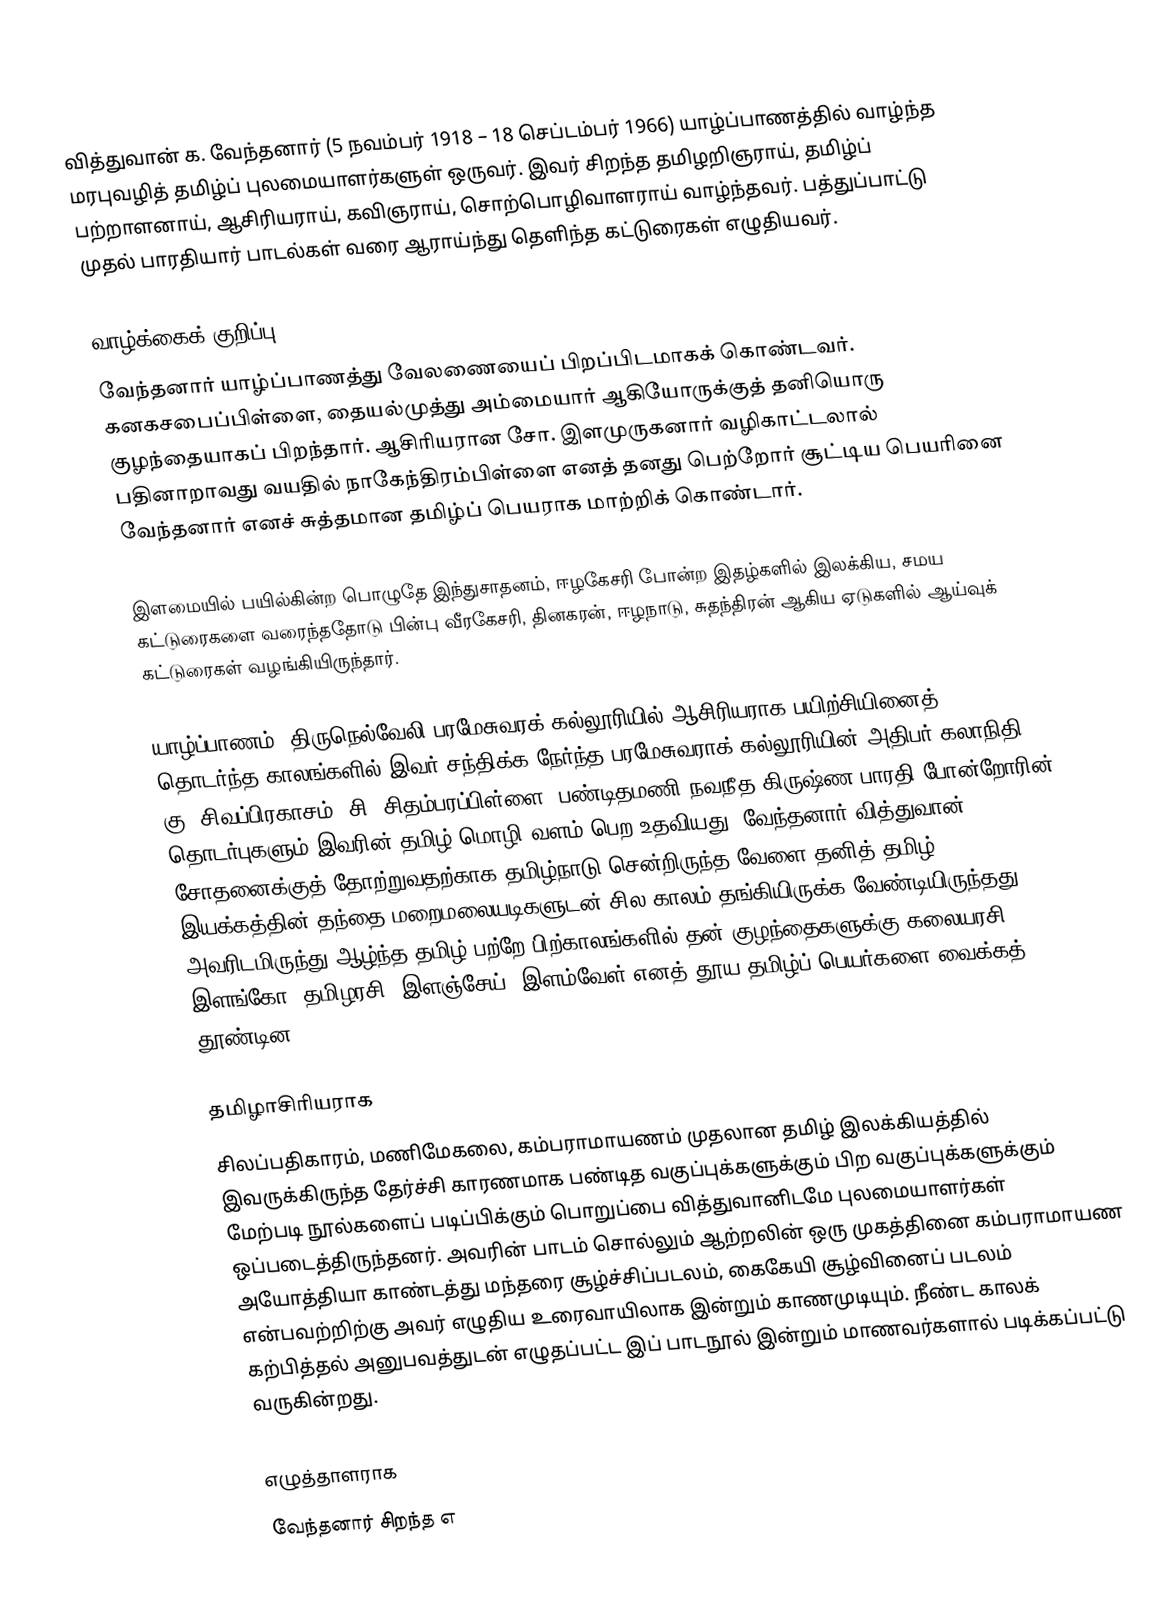
வித்துவான் க. வேந்தனார் (5 நவம்பர் 1918 – 18 செப்டம்பர் 1966) யாழ்ப்பாணத்தில் வாழ்ந்த மரபுவழித் தமிழ்ப் புலமையாளர்களுள் ஒருவர். இவர் சிறந்த தமிழறிஞராய், தமிழ்ப் பற்றாளனாய், ஆசிரியராய், கவிஞராய், சொற்பொழிவாளராய் வாழ்ந்தவர். பத்துப்பாட்டு முதல் பாரதியார் பாடல்கள் வரை ஆராய்ந்து தெளிந்த கட்டுரைகள் எழுதியவர்.

வாழ்க்கைக் குறிப்பு
வேந்தனார் யாழ்ப்பாணத்து வேலணையைப் பிறப்பிடமாகக் கொண்டவர். கனகசபைப்பிள்ளை, தையல்முத்து அம்மையார் ஆகியோருக்குத் தனியொரு குழந்தையாகப் பிறந்தார். ஆசிரியரான சோ. இளமுருகனார் வழிகாட்டலால் பதினாறாவது வயதில் நாகேந்திரம்பிள்ளை எனத் தனது பெற்றோர் சூட்டிய பெயரினை வேந்தனார் எனச் சுத்தமான தமிழ்ப் பெயராக மாற்றிக் கொண்டார்.

இளமையில் பயில்கின்ற பொழுதே இந்துசாதனம், ஈழகேசரி போன்ற இதழ்களில் இலக்கிய, சமய கட்டுரைகளை வரைந்ததோடு பின்பு வீரகேசரி, தினகரன், ஈழநாடு, சுதந்திரன் ஆகிய ஏடுகளில் ஆய்வுக் கட்டுரைகள் வழங்கியிருந்தார்.

யாழ்ப்பாணம், திருநெல்வேலி பரமேசுவரக் கல்லூரியில் ஆசிரியராக பயிற்சியினைத் தொடர்ந்த காலங்களில் இவர் சந்திக்க நேர்ந்த பரமேசுவராக் கல்லூரியின் அதிபர் கலாநிதி கு. சிவப்பிரகாசம், சி. சிதம்பரப்பிள்ளை, பண்டிதமணி நவநீத கிருஷ்ண பாரதி போன்றோரின் தொடர்புகளும் இவரின் தமிழ் மொழி வளம் பெற உதவியது. வேந்தனார் வித்துவான் சோதனைக்குத் தோற்றுவதற்காக தமிழ்நாடு சென்றிருந்த வேளை தனித் தமிழ் இயக்கத்தின் தந்தை மறைமலையடிகளுடன் சில காலம் தங்கியிருக்க வேண்டியிருந்தது. அவரிடமிருந்து ஆழ்ந்த தமிழ் பற்றே பிற்காலங்களில் தன் குழந்தைகளுக்கு கலையரசி, இளங்கோ, தமிழரசி, இளஞ்சேய், இளம்வேள் எனத் தூய தமிழ்ப் பெயர்களை வைக்கத் தூண்டின.

தமிழாசிரியராக
சிலப்பதிகாரம், மணிமேகலை, கம்பராமாயணம் முதலான தமிழ் இலக்கியத்தில் இவருக்கிருந்த தேர்ச்சி காரணமாக பண்டித வகுப்புக்களுக்கும் பிற வகுப்புக்களுக்கும் மேற்படி நூல்களைப் படிப்பிக்கும் பொறுப்பை வித்துவானிடமே புலமையாளர்கள் ஒப்படைத்திருந்தனர். அவரின் பாடம் சொல்லும் ஆற்றலின் ஒரு முகத்தினை கம்பராமாயண அயோத்தியா காண்டத்து மந்தரை சூழ்ச்சிப்படலம், கைகேயி சூழ்வினைப் படலம் என்பவற்றிற்கு அவர் எழுதிய உரைவாயிலாக இன்றும் காணமுடியும். நீண்ட காலக் கற்பித்தல் அனுபவத்துடன் எழுதப்பட்ட இப் பாடநூல் இன்றும் மாணவர்களால் படிக்கப்பட்டு வருகின்றது.

எழுத்தாளராக
வேந்தனார் சிறந்த எ